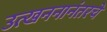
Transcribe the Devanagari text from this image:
उत्खननानंतरचे